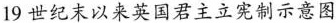
19世纪末以来英国君主立宪制示意图